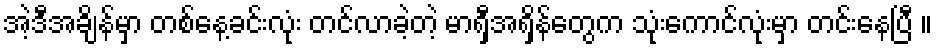
အဲ့ဒီအချိန်မှာ တစ်နေ့ခင်းလုံး တင်လာခဲ့တဲ့ မာရှီအရှိန်တွေက သုံးကောင်လုံးမှာ တင်းနေပြီ ။